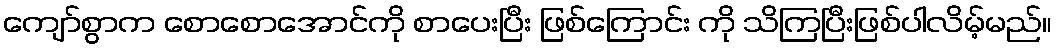
ကျော်စွာက စောစောအောင်ကို စာပေးပြီး ဖြစ်ကြောင်း ကို သိကြပြီးဖြစ်ပါလိမ့်မည်။